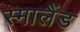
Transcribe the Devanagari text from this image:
स्मालैंड